Document type: Grant
Year: 1403
Scribe: Berenguer Pedrosell
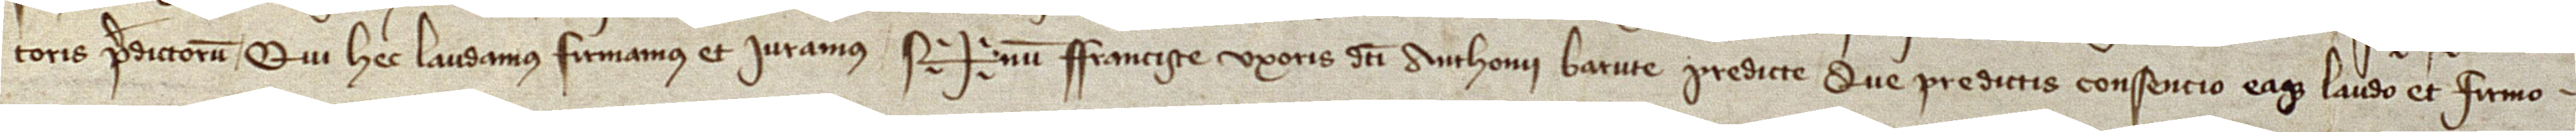
toris, predictorum qui hec laudamus, firmamus et iuramus. Sig+num Francisce, uxoris dicti Anthonii Barute predicte, que predictis consencio eaque laudo et firmo.